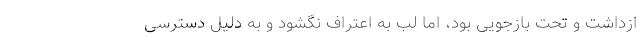
ازداشت و تحت بازجویی بود، اما لب به اعتراف نگشود و به دلیل دسترسی